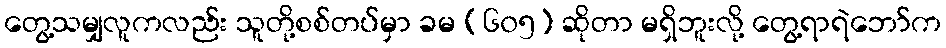
တွေ့သမျှလူကလည်း သူတို့စစ်တပ်မှာ ခမ (၆၀၅) ဆိုတာ မရှိဘူးလို့ တွေ့ရာရဲဘော်က